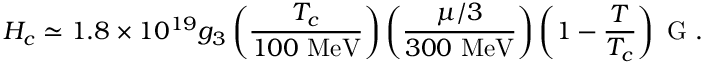
H _ { c } \simeq 1 . 8 \times 1 0 ^ { 1 9 } g _ { 3 } \left( \frac { T _ { c } } { 1 0 0 \mathrm { ~ M e V } } \right) \left( \frac { \mu / 3 } { 3 0 0 \mathrm { ~ M e V } } \right) \left( 1 - \frac { T } { T _ { c } } \right) \mathrm { ~ G } \ .